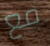
مع